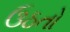
ઉઠતો